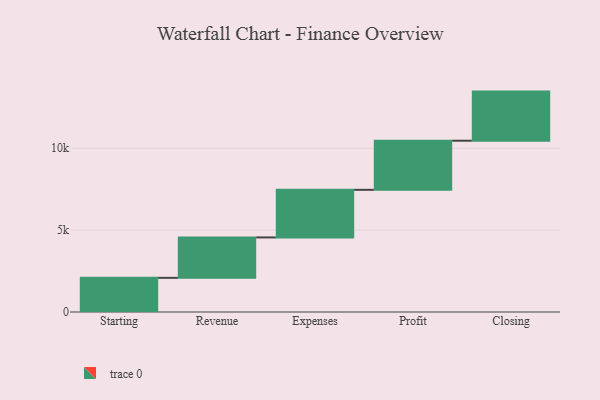
{"axis": {"x": "Step", "y": "Value"}, "legend": [""], "data": [{"x": "Starting", "y": 2087.0, "type": ""}, {"x": "Revenue", "y": 2468.0, "type": ""}, {"x": "Expenses", "y": 2908.0, "type": ""}, {"x": "Profit", "y": 3000, "type": ""}, {"x": "Closing", "y": 3000, "type": ""}]}